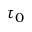
\tau _ { 0 }